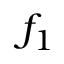
f _ { 1 }